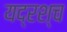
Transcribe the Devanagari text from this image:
यद्रश्च